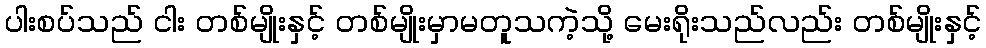
ပါးစပ်သည် ငါး တစ်မျိုးနှင့် တစ်မျိုးမှာမတူသကဲ့သို့ မေးရိုးသည်လည်း တစ်မျိုးနှင့်